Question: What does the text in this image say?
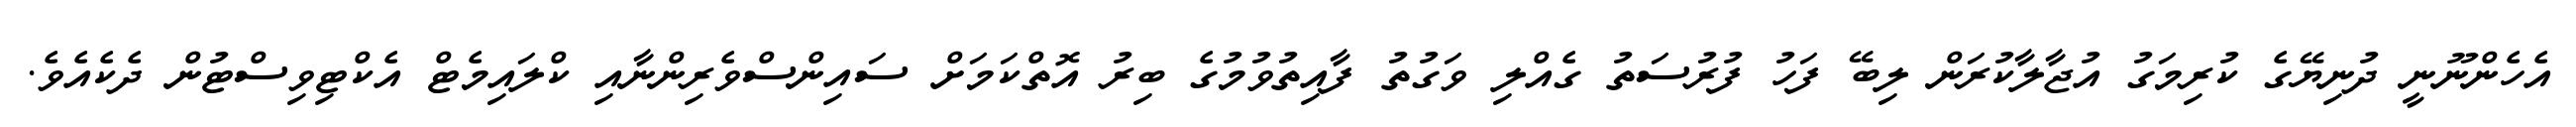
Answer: އެހެންނޫނީ ދުނިޔޭގެ ކުރިމަގު އުޖާލާކުރަން ލިބޭ ފަހު ފުރުސަތު ގެއްލި ވަގުތު ފާއިތުވުމުގެ ބިރު އޮތްކަމަށް ސައިންސްވެރިންނާއި ކްލައިމެޓް އެކްޓިވިސްޓުން ދެކެއެވެ.